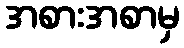
အစားအစာမှ